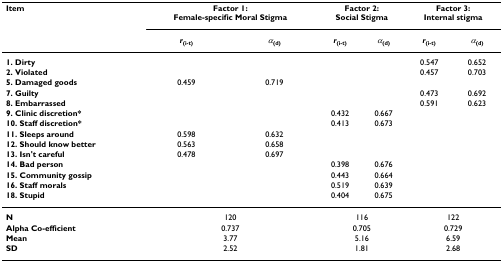
<table><thead><tr><td><b>Item</b></td><td colspan="2"><b>Factor 1:Female-specific Moral Stigma</b></td><td colspan="2"><b>Factor 2:Social Stigma</b></td><td colspan="2"><b>Factor 3:Internal stigma</b></td></tr><tr><td></td><td><b><i>r</i><sub>(i-t)</sub></b></td><td><b><i>α</i><sub>(d)</sub></b></td><td><b><i>r</i><sub>(i-t)</sub></b></td><td><b><i>α</i><sub>(d)</sub></b></td><td><b><i>r</i><sub>(i-t)</sub></b></td><td><b><i>α</i><sub>(d)</sub></b></td></tr></thead><tbody><tr><td><b>1. Dirty</b></td><td></td><td></td><td></td><td></td><td>0.547</td><td>0.652</td></tr><tr><td><b>2. Violated</b></td><td></td><td></td><td></td><td></td><td>0.457</td><td>0.703</td></tr><tr><td><b>5. Damaged goods</b></td><td>0.459</td><td>0.719</td><td></td><td></td><td></td><td></td></tr><tr><td><b>7. Guilty</b></td><td></td><td></td><td></td><td></td><td>0.473</td><td>0.692</td></tr><tr><td><b>8. Embarrassed</b></td><td></td><td></td><td></td><td></td><td>0.591</td><td>0.623</td></tr><tr><td><b>9. Clinic discretion*</b></td><td></td><td></td><td>0.432</td><td>0.667</td><td></td><td></td></tr><tr><td><b>10. Staff discretion*</b></td><td></td><td></td><td>0.413</td><td>0.673</td><td></td><td></td></tr><tr><td><b>11. Sleeps around</b></td><td>0.598</td><td>0.632</td><td></td><td></td><td></td><td></td></tr><tr><td><b>12. Should know better</b></td><td>0.563</td><td>0.658</td><td></td><td></td><td></td><td></td></tr><tr><td><b>13. Isn&#x27;t careful</b></td><td>0.478</td><td>0.697</td><td></td><td></td><td></td><td></td></tr><tr><td><b>14. Bad person</b></td><td></td><td></td><td>0.398</td><td>0.676</td><td></td><td></td></tr><tr><td><b>15. Community gossip</b></td><td></td><td></td><td>0.443</td><td>0.664</td><td></td><td></td></tr><tr><td><b>16. Staff morals</b></td><td></td><td></td><td>0.519</td><td>0.639</td><td></td><td></td></tr><tr><td><b>18. Stupid</b></td><td></td><td></td><td>0.404</td><td>0.675</td><td></td><td></td></tr><tr><td><b>N</b></td><td colspan="2">120</td><td colspan="2">116</td><td colspan="2">122</td></tr><tr><td><b>Alpha Co-efficient</b></td><td colspan="2">0.737</td><td colspan="2">0.705</td><td colspan="2">0.729</td></tr><tr><td><b>Mean</b></td><td colspan="2">3.77</td><td colspan="2">5.16</td><td colspan="2">6.59</td></tr><tr><td><b>SD</b></td><td colspan="2">2.52</td><td colspan="2">1.81</td><td colspan="2">2.68</td></tr></tbody></table>